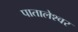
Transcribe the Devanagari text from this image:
पातालेश्‍वर